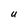
Character: U